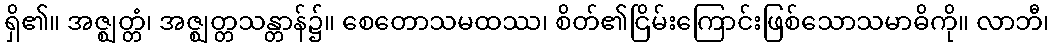
ရှိ၏။ အဇ္ဈတ္တံ၊ အဇ္ဈတ္တသန္တာန်၌။ စေတောသမထဿ၊ စိတ်၏ငြိမ်းကြောင်းဖြစ်သောသမာဓိကို။ လာဘီ၊